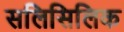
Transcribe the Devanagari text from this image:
सलिसिलिक